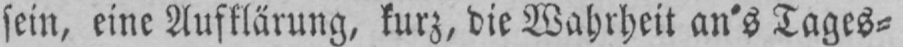
sein, eine Aufklärung, kurz, die Wahrheit an’s Tages⸗